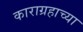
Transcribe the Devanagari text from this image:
काराग्रहाच्या